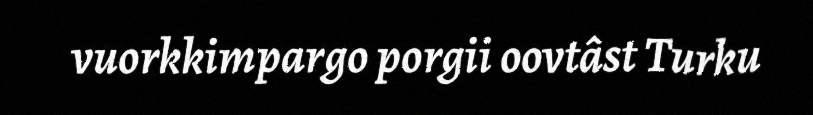
vuorkkimpargo porgii oovtâst Turku